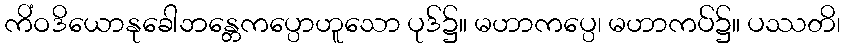
ကိံဝဒိယောနုခေါဘန္တေကပ္ပောဟူသော ပုဒ်၌။ မဟာကပ္ပေ၊ မဟာကပ်၌။ ပဿတိ၊